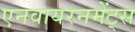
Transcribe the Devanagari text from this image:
एनवायरनमेंट्स